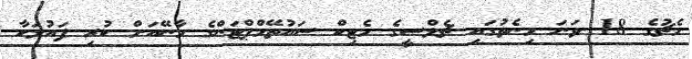
މެޗުގެ 18 ވަނަ މިނެތުގައި ޗެލްސީގެ މެޓިކް ސައުތޭމްޕްޓަންގެ މާނޭއަށް ކުރި ފައުލަކާ